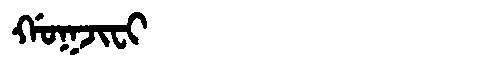
Manchu: ᡤᠣᡴᠵᡳᠸᡳ
Romanization: GOKJIFI